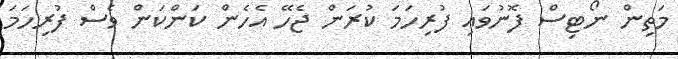
މަތިން ނޯޓިސް ފޮނުވައި ފުރިހަމަ ކުރަން ޖެހޭ އެހެން ކަންކަން ވެސް ފުރިހަމަ